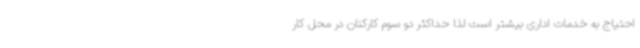
احتیاج به خدمات اداری بیشتر است لذا حداکثر دو سوم کارکنان در محل کار